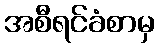
အစီရင်ခံစာမှ